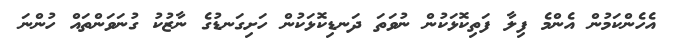
އެހެންކަމުން އެންމެ ފިލާ ފަތިކޮޅަކުން ނުވަތަ ދަނޑިކޮޅަކުން ހަށިގަނޑުގެ ނާޒުކު ގުނަވަންތައް ހުންނަ